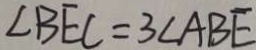
\angle B E C = 3 \angle A B E